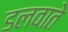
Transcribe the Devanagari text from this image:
डलवाते